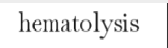
hematolysis